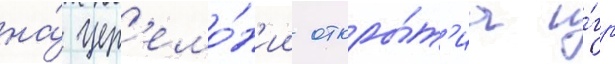
на́ цер'емо́н'ии откры́т'иа и́гр